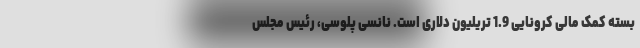
بسته کمک مالی کرونایی 1.9 تریلیون دلاری است. نانسی پلوسی، رئیس مجلس